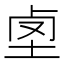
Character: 𡋪